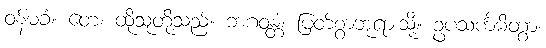
ဝန်မခံ။ တေ၊ ထိုသူတို့သည်။ ဘဂဝန္တံ၊ မြတ်စွာဘုရားသို့။ ဥပသင်္ကမိတွာ၊